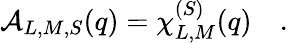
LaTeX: {\cal A}_{L,M,S}(q)=\chi_{L,M}^{(S)}(q)\quad.